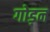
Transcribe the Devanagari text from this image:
गोड़न